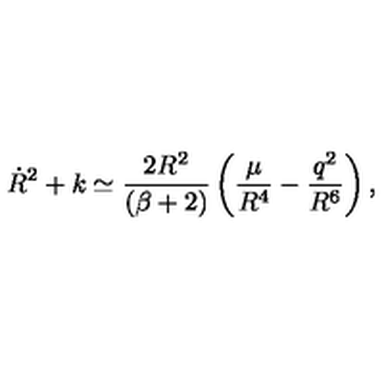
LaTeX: \dot { R } ^ { 2 } + k \simeq \frac { 2 R ^ { 2 } } { ( \beta + 2 ) } \left( \frac { \mu } { R ^ { 4 } } - \frac { q ^ { 2 } } { R ^ { 6 } } \right) ,